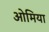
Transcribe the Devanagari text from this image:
ओमिया